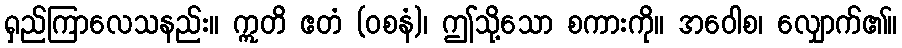
ရှည်ကြာလေသနည်း။ ဣတိ ဧတံ (ဝစနံ)၊ ဤသို့သော စကားကို။ အဝေါစ၊ လျှောက်၏။